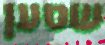
שטען